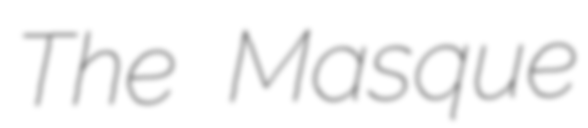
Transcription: The Masque